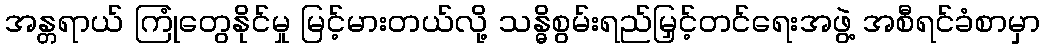
အန္တရာယ် ကြုံတွေနိုင်မှု မြင့်မားတယ်လို့ သန္ဓိစွမ်းရည်မြှင့်တင်ရေးအဖွဲ့ အစီရင်ခံစာမှာ